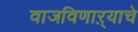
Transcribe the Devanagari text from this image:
वाजविणाऱ्याचे